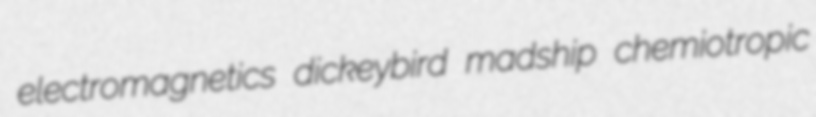
electromagnetics dickeybird madship chemiotropic